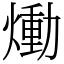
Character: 㷲